Report of the Indian Hemp Drugs Commission, 1894-1895 - Volume VIII
Year: 1894
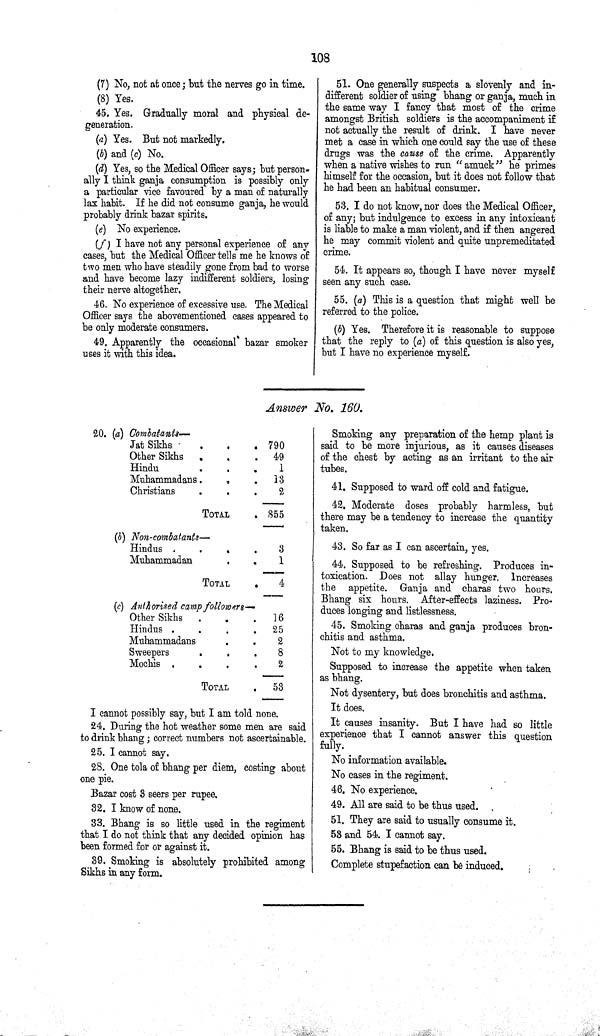
108
(7) No, not at once; but the nerves go in time.
(8) Yes.
45. Yes. Gradually moral and physical de-
generation.
(a) Yes. But not markedly.
(b) and (c) No.
(d) Yes, so the Medical Officer says; but person-
ally I think ganja consumption is possibly only
a particular vice favoured by a man of naturally
lax habit. If he did not consume ganja, he would
probably drink bazar spirits.
(e) No experience.
(f ) I have not any personal experience of any
cases, but the Medical Officer tells me he knows of
two men who have steadily gone from bad to worse
and have become lazy indifferent soldiers, losing
their nerve altogether.
46. No experience of excessive use. The Medical
Officer says the abovementioned cases appeared to
be only moderate consumers.
49. Apparently the occasional bazar smoker
uses it with this idea.
51. One generally suspects a slovenly and in-
different soldier of using bhang or ganja, much in
the same way I fancy that most of the crime
amongst British soldiers is the accompaniment if
not actually the result of drink. I have never
met a case in which one could say the use of these
drugs was the cause of the crime. Apparently
when a native wishes to run "amuck" he primes
himself for the occasion, but it does not follow that
he had been an habitual consumer.
53. I do not know, nor does the Medical Officer,
of any; but indulgence to excess in any intoxicant
is liable to make a man violent, and if then angered
he may commit violent and quite unpremeditated
crime.
54. It appears so, though I have never myself
seen any such case.
55. (a) This is a question that might well be
referred to the police.
(b) Yes. Therefore it is reasonable to suppose
that the reply to (a) of this question is also yes,
but I have no experience myself.
Answer No. 160.
20. (a) Combatants—
Jat Sikhs
790
Other Sikhs
49
Hindu
1
Muhammadans
13
Christians
2
TOTAL
855
(b) Non-combatants—
Hindus
3
Muhammadan
1
TOTAL
4
(c) Authorised camp followers—
Other Sikhs
16
Hindus
25
Muhammadans
2
Sweepers
8
Mochis
2
TOTAL
53
I cannot possibly say, but I am told none.
24. During the hot weather some men are said
to drink bhang; correct numbers not ascertainable.
25. I cannot say.
28. One tola of bhang per diem, costing about
one pie.
Bazar cost 3 seers per rupee.
32. I know of none.
33. Bhang is so little used in the regiment
that I do not think that any decided opinion has
been formed for or against it.
39. Smoking is absolutely prohibited among
Sikhs in any form.
Smoking any preparation of the hemp plant is
said to be more injurious, as it causes diseases
of the chest by acting as an irritant to the air
tubes.
41. Supposed to ward off cold and fatigue.
42. Moderate doses probably harmless, but
there may be a tendency to increase the quantity
taken.
43. So far as I can ascertain, yes.
44. Supposed to be refreshing. Produces in¬
toxication. Does not allay hunger. Increases
the appetite. Ganja and charas two hours.
Bhang six hours. After-effects laziness. Pro¬
duces longing and listlessness.
45. Smoking charas and ganja produces bron¬
chitis and asthma.
Not to my knowledge.
Supposed to increase the appetite when taken
as bhang.
Not dysentery, but does bronchitis and asthma.
It does.
It causes insanity. But I have had so little
experience that I cannot answer this question
fully.
No information available.
No cases in the regiment.
46. No experience.
49. All are said to be thus used.
51. They are said to usually consume it.
53 and 54. I cannot say.
55. Bhang is said to be thus used.
Complete stupefaction can be induced.